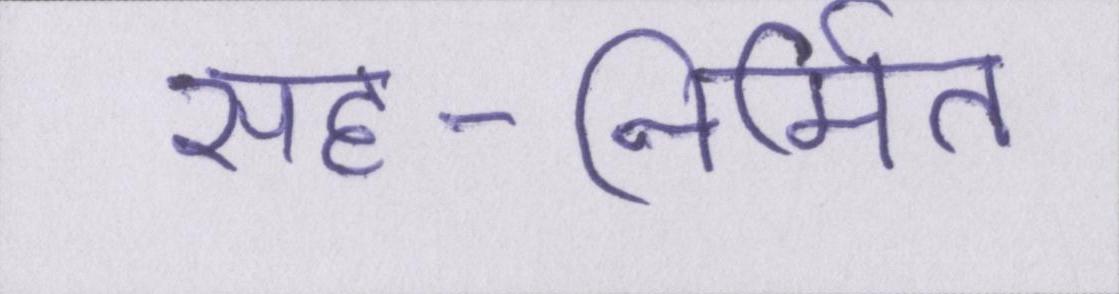
सह-निर्मित